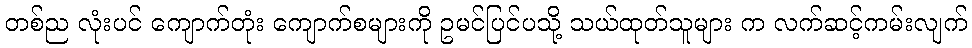
တစ်ည လုံးပင် ကျောက်တုံး ကျောက်စများကို ဥမင်ပြင်ပသို့ သယ်ထုတ်သူများ က လက်ဆင့်ကမ်းလျက်